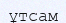
ұтсам